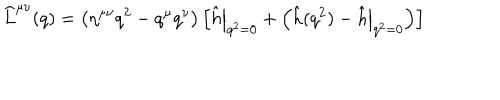
LaTeX: \widehat L ^ { \mu \nu } ( q ) = \left( \eta ^ { \mu \nu } q ^ { 2 } - q ^ { \mu } q ^ { \nu } \right) \left[ \left. \hat { h } \right| _ { q ^ { 2 } = 0 } + \left( \hat { h } ( q ^ { 2 } ) - \left. \hat { h } \right| _ { q ^ { 2 } = 0 } \right) \right]